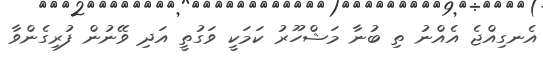
އެނގިއްޖެ އެއްނު ތި ބުނާ މަޝްހޫރު ކަމަކީ ވަގުތީ އަދި ވޭނުން ފުރިގެންވާ